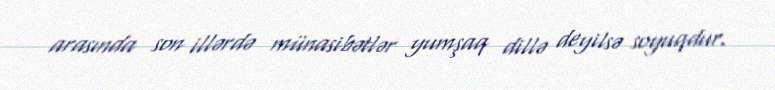
arasında son illərdə münasibətlər yumşaq dillə deyilsə soyuqdur.